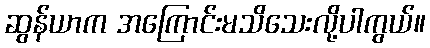
ဆွန်ယာက အကြောင်းမသိသေးလို့ပါကွယ်။